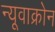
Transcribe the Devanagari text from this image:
न्यूवाक्रोन